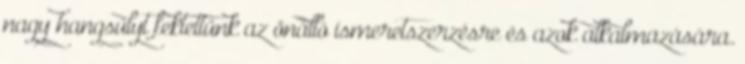
nagy hangsúlyt fektettünk az önálló ismeretszerzésre és azok alkalmazására.